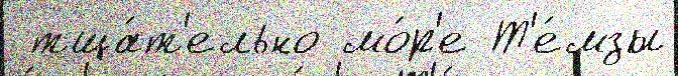
 тща́т'ельно мо́р'е Т'е́мзы